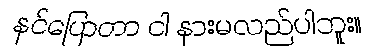
နင်ပြောတာ ငါ နားမလည်ပါဘူး။